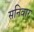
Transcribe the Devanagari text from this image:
सनिवार